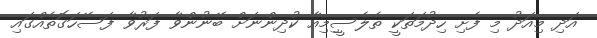
އަދި މިއަދު މި ފެށި ހިދުމަތަކީ ތެލެސީިމިއާ ކުދިންނަށް ބޭނުންވާ ފަރުވާ ފަސޭހަގޮތެއްގައި